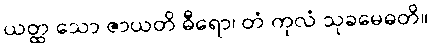
ယတ္ထ သော ဇာယတိ ဓီရော၊ တံ ကုလံ သုခမေဓတိ။